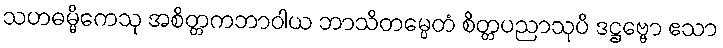
သဟဓမ္မိကေသု အစိတ္တကဘာဝါယ ဘာသိတမ္ပေတံ စိတ္တပညာသုပိ ဒဋ္ဌဗ္ဗော ဧသာ